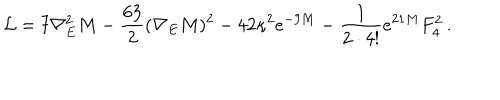
\mathcal { L } = 7 \nabla _ { E } ^ { 2 } M - \frac { 6 3 } { 2 } ( \nabla _ { E } M ) ^ { 2 } - 4 2 \kappa ^ { 2 } e ^ { - 9 M } - \frac { 1 } { 2 \cdot 4 ! } e ^ { 2 1 M } F _ { 4 } ^ { 2 } \, .